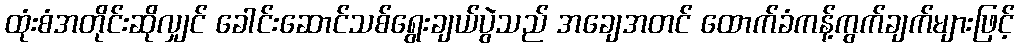
ထုံးစံအတိုင်းဆိုလျှင် ခေါင်းဆောင်သစ်ရွေးချယ်ပွဲသည် အချေအတင် ထောက်ခံကန့်ကွက်ချက်များဖြင့်